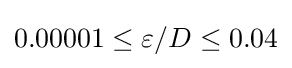
0.00001\leq \varepsilon /D\leq 0.04